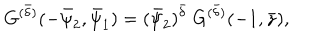
G ^ { ( \bar { \delta } ) } ( - \bar { \psi } _ { 2 } , \bar { \psi } _ { 1 } ) = ( \bar { \psi } _ { 2 } ) ^ { \bar { \delta } } ~ G ^ { ( \bar { \delta } ) } ( - 1 , \bar { z } ) ,